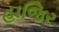
હાજિર